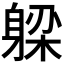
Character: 𬧪